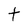
Character: t